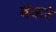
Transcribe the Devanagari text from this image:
बंकरे